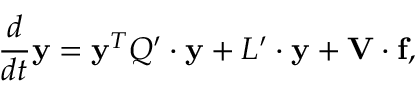
\frac { d } { d t } { \bf y } = { \bf y } ^ { T } { \cal Q } ^ { \prime } \cdot { \bf y } + { \cal L } ^ { \prime } \cdot { \bf y } + { \bf V } \cdot { \bf f } ,